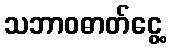
သဘာဝဓာတ်ငွေ့